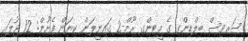
ސަރވިސް ބިލްޑިންގ ގެ މީޓިންގ ރޫމް-2 ގައިނީލަން ކިޔަން ފެށުން: 12 ޖުލައި